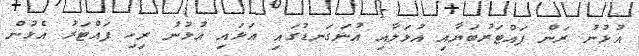
އުޅުނު ރަން ފައްޓަރުބަޔާއި އުޅަލާއި އުނަގަނޑުގައި އަޅައި އުޅުނު ރިހި ފައްޓަރު އެޅުން